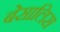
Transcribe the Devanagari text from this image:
बेसालिस